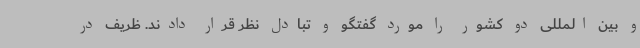
و بین المللی دو کشور را مورد گفتگو و تبادل نظر قرار دادند. ظریف در